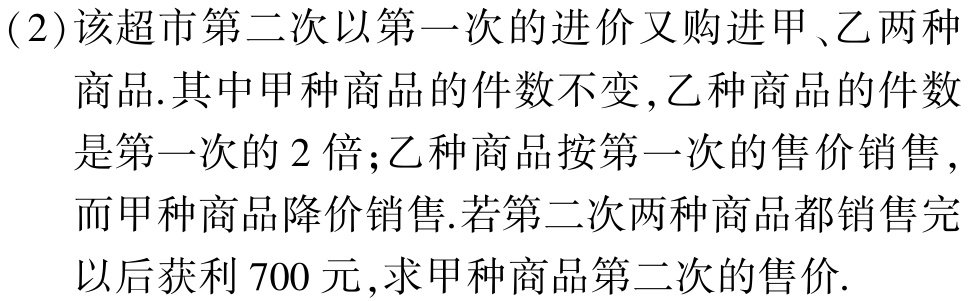
(2)该超市第二次以第一次的进价又购进甲、乙两种商品.其中甲种商品的件数不变,乙种商品的件数是第一次的$2$倍;乙种商品按第一次的售价销售,而甲种商品降价销售.若第二次两种商品都销售完以后获利$700$元,求甲种商品第二次的售价.